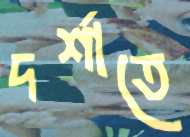
দর্শাতে